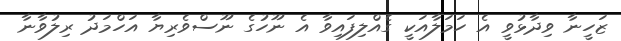
ޒަހީނާ ވިދާޅުވީ އެ ހަމަލާއަކީ ގެއްލިފައިވާ އެ ނޫހުގެ ނޫސްވެރިޔާ އަހްމަދު ރިލުވާނާ